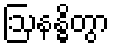
ဩနန္ဓိတွာ